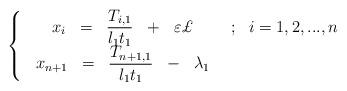
LaTeX: \begin{align*}\left\{ \begin{array}{ccc}\begin{array}{lllll}x_{i} & = & \dfrac{T_{i,1}}{l_{1}t_{1}} & + & \varepsilon \pounds \end{array}& ; & i=1,2,...,n \\ \begin{array}{lllll}x_{n+1} & = & \dfrac{T_{n+1,1}}{l_{1}t_{1}} & - & \lambda _{1}\end{array}& & \end{array}\right. \end{align*}